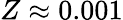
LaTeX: Z\approx 0.001